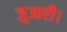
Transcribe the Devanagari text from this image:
जुआरी।